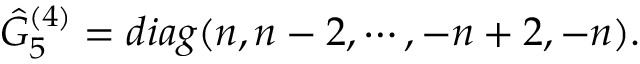
\hat { G } _ { 5 } ^ { ( 4 ) } = d i a g ( n , n - 2 , \cdots , - n + 2 , - n ) .